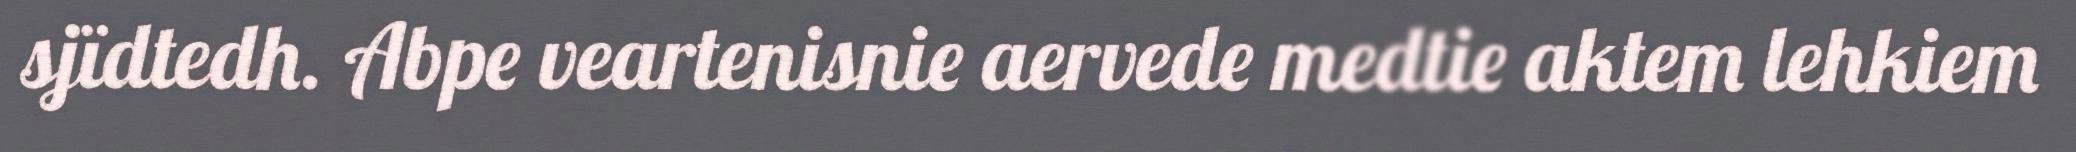
sjïdtedh. Abpe veartenisnie aervede medtie aktem lehkiem